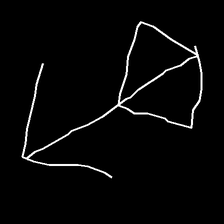
Glyph: focus